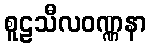
စူဠသီလဝဏ္ဏနာ